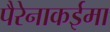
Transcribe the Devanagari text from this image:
पैरेनाकईमा